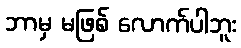
ဘာမှ မဖြစ် လောက်ပါဘူး